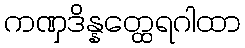
ကဏှဒိန္နတ္ထေရဂါထာ